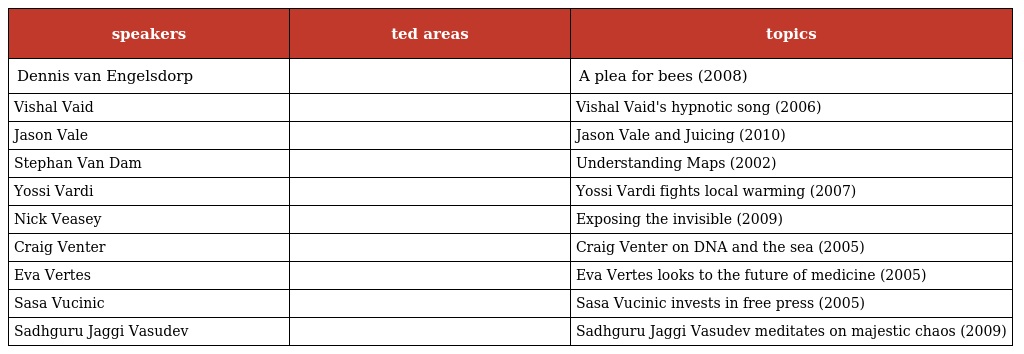
| speakers | ted areas | topics |
 | --- | --- | --- |
 | Dennis van Engelsdorp |  | A plea for bees (2008) |
 | Vishal Vaid |  | Vishal Vaid's hypnotic song (2006) |
 | Jason Vale |  | Jason Vale and Juicing (2010) |
 | Stephan Van Dam |  | Understanding Maps (2002) |
 | Yossi Vardi |  | Yossi Vardi fights local warming (2007) |
 | Nick Veasey |  | Exposing the invisible (2009) |
 | Craig Venter |  | Craig Venter on DNA and the sea (2005) |
 | Eva Vertes |  | Eva Vertes looks to the future of medicine (2005) |
 | Sasa Vucinic |  | Sasa Vucinic invests in free press (2005) |
 | Sadhguru Jaggi Vasudev |  | Sadhguru Jaggi Vasudev meditates on majestic chaos (2009) |